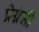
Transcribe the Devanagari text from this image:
प्रेग्नंसी